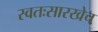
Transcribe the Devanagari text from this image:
स्वतःसारखेच